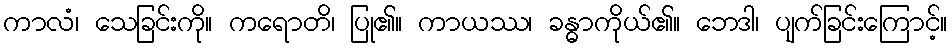
ကာလံ၊ သေခြင်းကို။ ကရောတိ၊ ပြု၏။ ကာယဿ၊ ခန္ဓာကိုယ်၏။ ဘေဒါ၊ ပျက်ခြင်းကြောင့်။